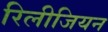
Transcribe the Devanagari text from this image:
रिलीजियन